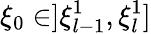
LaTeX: \xi_{0}\in]\xi_{l-1}^{1},\xi_{l}^{1}]